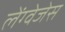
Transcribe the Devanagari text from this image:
लेंग्वेजेस